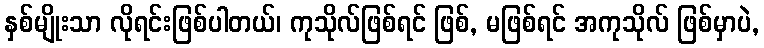
နှစ်မျိုးသာ လိုရင်းဖြစ်ပါတယ်၊ ကုသိုလ်ဖြစ်ရင် ဖြစ်, မဖြစ်ရင် အကုသိုလ် ဖြစ်မှာပဲ,